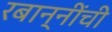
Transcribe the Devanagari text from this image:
रबान्नींची